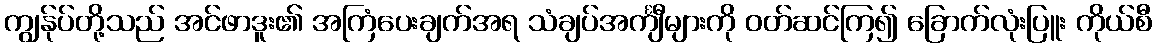
ကျွန်ုပ်တို့သည် အင်ဖာဒူး၏ အကြံပေးချက်အရ သံချပ်အင်္ကျီများကို ဝတ်ဆင်ကြ၍ ခြောက်လုံးပြူး ကိုယ်စီ